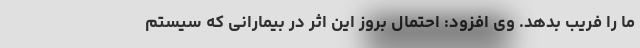
ما را فریب بدهد. وی افزود: احتمال بروز این اثر در بیمارانی که سیستم